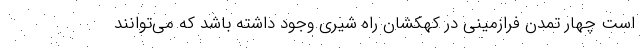
است چهار تمدن فرازمینی در کهکشان راه شیری وجود داشته باشد که می‌توانند